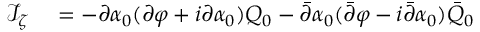
\begin{array} { r l } { \mathcal I _ { \zeta } } & { { } = - \partial \alpha _ { 0 } ( \partial \varphi + i \partial \alpha _ { 0 } ) Q _ { 0 } - \bar { \partial } \alpha _ { 0 } ( \bar { \partial } \varphi - i \bar { \partial } \alpha _ { 0 } ) \bar { Q } _ { 0 } } \end{array}